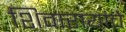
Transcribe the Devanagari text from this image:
शिवारायांचे